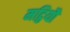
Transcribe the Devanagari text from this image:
मट्ठियौ